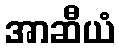
အာဆီယံ